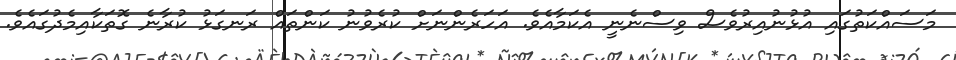
މަސައްކަތުގައި އުޅުނުއިރުވެސް ވިސްނެނީ އެކަމާއެވެ. އަހަރެންނަށް ކުރެވުނު ކަންތައް ރަނގަޅު ކުރާނެ ގޮތަކާއިމެދުގައެވެ.